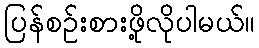
ပြန်စဉ်းစားဖို့လိုပါမယ်။